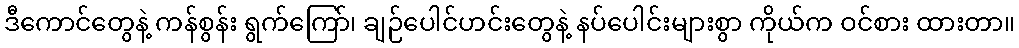
ဒီကောင်တွေနဲ့ ကန်စွန်း ရွက်ကြော်၊ ချဉ်ပေါင်ဟင်းတွေနဲ့ နပ်ပေါင်းများစွာ ကိုယ်က ဝင်စား ထားတာ။